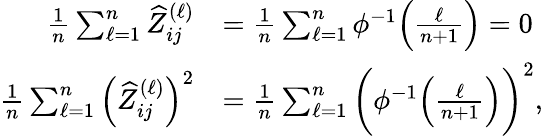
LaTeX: \begin{array}{rl}{\frac{1}{n}\sum_{\ell=1}^{n}\widehat{Z}_{ij}^{(\ell)}}&{=\frac{1}{n}\sum_{\ell=1}^{n}\phi^{-1}\Big(\frac{\ell}{n+1}\Big)=0}\\ {\frac{1}{n}\sum_{\ell=1}^{n}\Big(\widehat{Z}_{ij}^{(\ell)}\Big)^{2}}&{=\frac{1}{n}\sum_{\ell=1}^{n}\bigg(\phi^{-1}\Big(\frac{\ell}{n+1}\Big)\bigg)^{2},}\end{array}